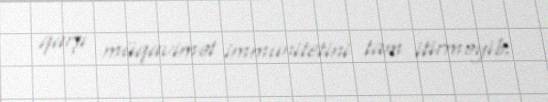
qarşı müqavimət immunitetini tam itirməyib.